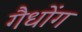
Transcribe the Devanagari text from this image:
गैधोंग